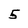
Character: 5